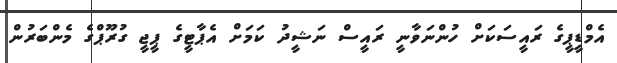
އެމްޑީޕީގެ ރައީސަކަށް ހުންނަވާނީ ރައީސް ނަޝީދު ކަމަށް އެޕާޓީގެ ޕީޖީ ގުރޫޕްގެ މެންބަރުން